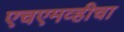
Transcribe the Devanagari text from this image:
एचएमव्हीचा